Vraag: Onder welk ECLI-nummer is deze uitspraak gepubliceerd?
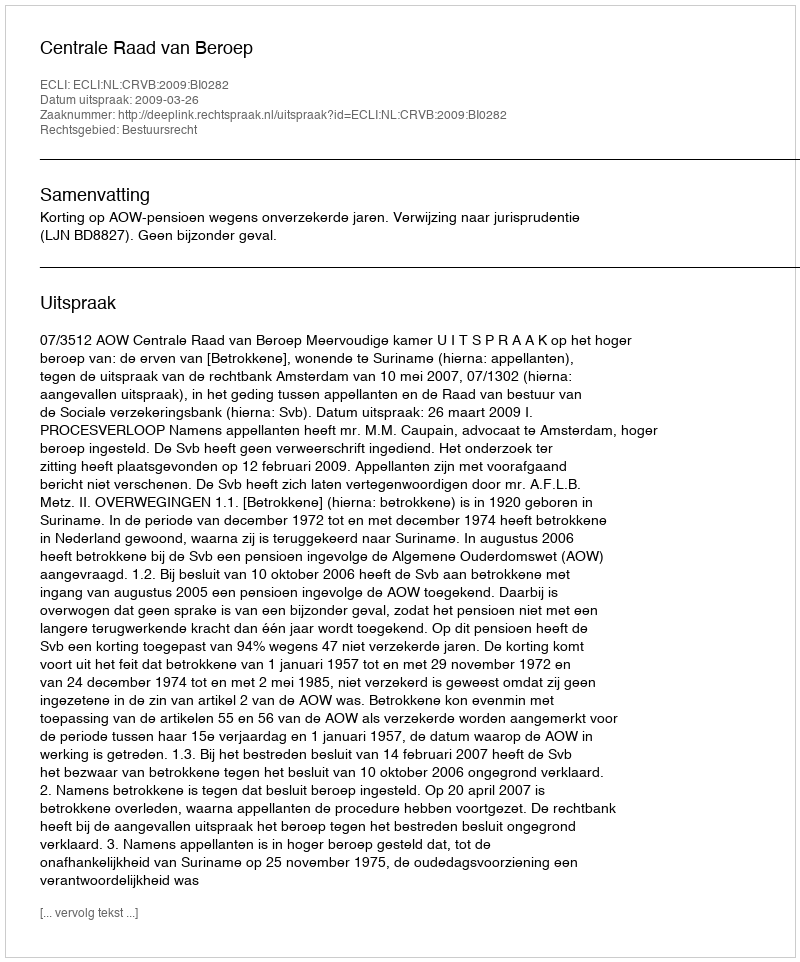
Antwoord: ECLI:NL:CRVB:2009:BI0282